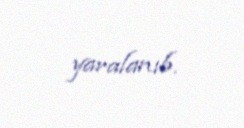
yaralanıb.